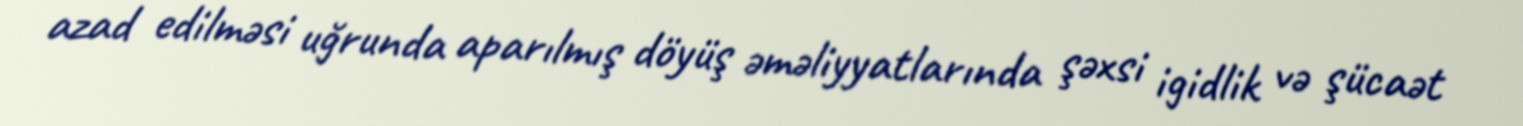
azad edilməsi uğrunda aparılmış döyüş əməliyyatlarında şəxsi igidlik və şücaət